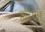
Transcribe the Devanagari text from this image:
हरिदृार